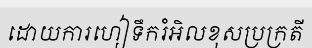
ដោយការហៀទឹករំអិលខុសប្រក្រតី